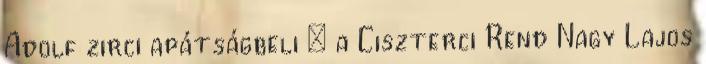
Adolf zirci apátságbeli – a Ciszterci Rend Nagy Lajos